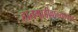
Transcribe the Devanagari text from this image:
हातगाडीवाल्याचाच